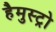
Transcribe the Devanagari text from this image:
हैमुस्ट्रो